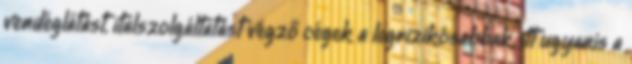
vendéglátást, italszolgáltatást végző cégek a legrizikósabbak, itt ugyanis a